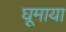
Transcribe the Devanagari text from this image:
घूमाया